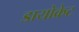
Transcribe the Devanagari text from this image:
डायोक्रेट